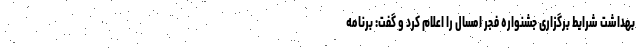
بهداشت شرایط برگزاری جشنواره فجر امسال را اعلام کرد و گفت: برنامه